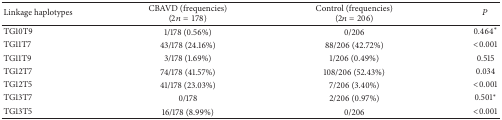
<table><thead><tr><td><b>Linkage haplotypes</b></td><td><b>CBAVD (frequencies)(2<i>n</i> = 178)</b></td><td><b>Control (frequencies)(2<i>n</i> = 206)</b></td><td><b><i>P</i></b></td></tr></thead><tbody><tr><td>TG10T9</td><td>1/178 (0.56%)</td><td>0/206</td><td>0.464*</td></tr><tr><td>TG11T7</td><td>43/178 (24.16%)</td><td>88/206 (42.72%)</td><td>&lt;0.001</td></tr><tr><td>TG11T9</td><td>3/178 (1.69%)</td><td>1/206 (0.49%)</td><td>0.515</td></tr><tr><td>TG12T7</td><td>74/178 (41.57%)</td><td>108/206 (52.43%)</td><td>0.034</td></tr><tr><td>TG12T5</td><td>41/178 (23.03%)</td><td>7/206 (3.40%)</td><td>&lt;0.001</td></tr><tr><td>TG13T7</td><td>0/178</td><td>2/206 (0.97%)</td><td>0.501*</td></tr><tr><td>TG13T5</td><td>16/178 (8.99%)</td><td>0/206</td><td>&lt;0.001</td></tr></tbody></table>